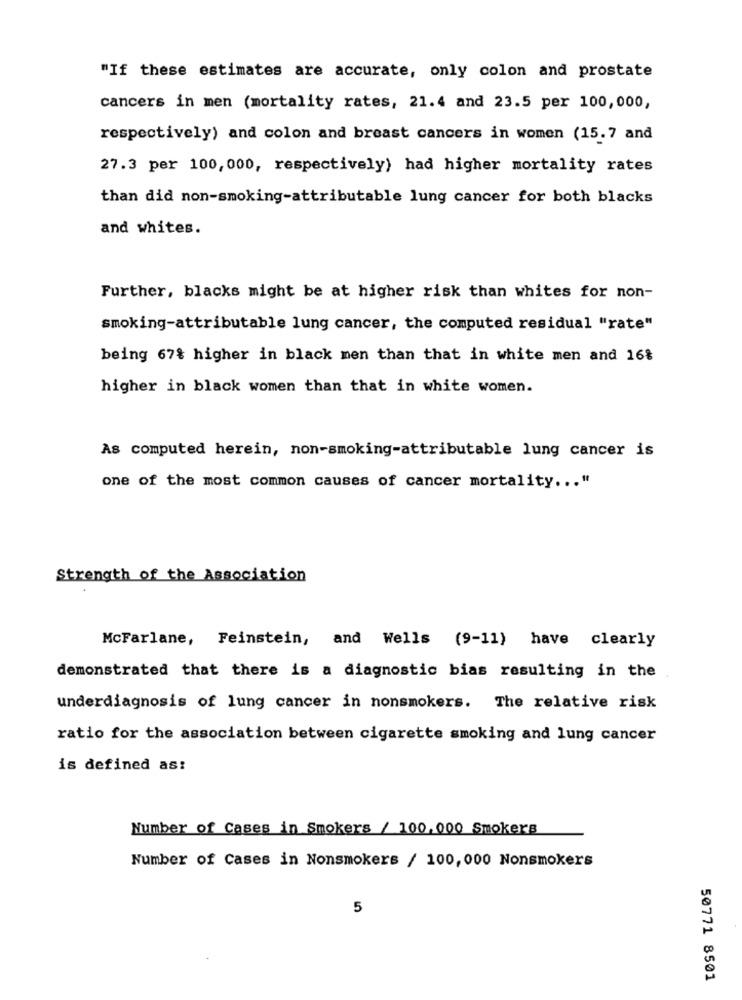
"If these estimates are accurate, only colon and prostate
cancers in men (mortality rates, 21.4 and 23.5 per 100,000,
respectively) and colon and breast cancers in women (15.7 and
27.3 per 100,000, respectively) had higher mortality rates
than did non-smoking-attributable lung cancer for both blacks
and whites.
Further, blacks might be at higher risk than whites for non-
smoking-attributable lung cancer, the computed residual "rate"
being 67% higher in black men than that in white men and 16%
higher in black women than that in white women.
As computed herein, non-smoking-attributable lung cancer is
one of the most common causes of cancer mortality ... "
Strength of the Association
McFarlane, Feinstein, and Wells (9-11) have clearly
demonstrated that there is a diagnostic bias resulting in the
underdiagnosis of lung cancer in nonsmokers. The relative risk
ratio for the association between cigarette smoking and lung cancer
is defined as:
Number of Cases in Smokers / 100.000 Smokers
Number of Cases in Nonsmokers / 100, 000 Nonsmokers
5
50771 8501